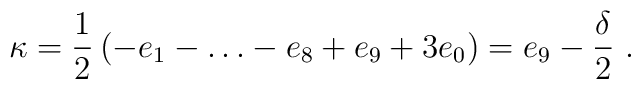
\kappa= \frac{1}{2}\left(-e_1 - \dots - e_8 + e_9 + 3 e_0 \right) = e_9 - \frac{\delta}{2}\ .